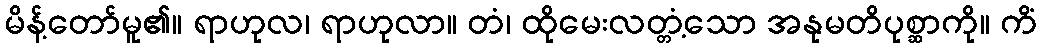
မိန့်တော်မူ၏။ ရာဟုလ၊ ရာဟုလာ။ တံ၊ ထိုမေးလတ္တံ့သော အနုမတိပုစ္ဆာကို။ ကိံ